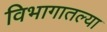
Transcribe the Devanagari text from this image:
विभागातल्या